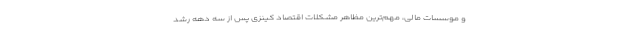
و موسسات مالی، مهم‌ترین مظاهر مشکلات اقتصاد کینزی پس از سه دهه رشد